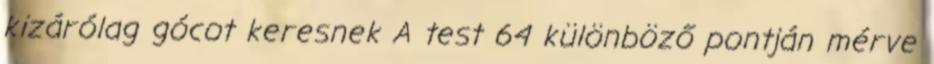
kizárólag gócot keresnek A test 64 különböző pontján mérve